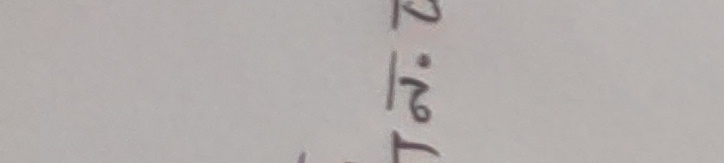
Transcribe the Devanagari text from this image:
२.१टोक